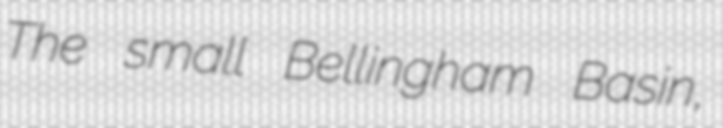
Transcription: The small Bellingham Basin,